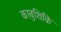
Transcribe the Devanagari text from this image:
काबुशिकि